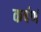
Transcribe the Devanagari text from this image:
कर्षणं